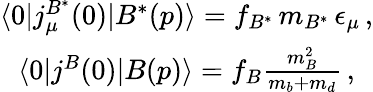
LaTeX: \begin{array}{c}{{\langle 0|j_{\mu}^{B^{\ast}}(0)|B^{\ast}(p)\rangle=f_{B^{\ast}}\, m_{B^{\ast}}\, \epsilon_{\mu}\, ,}}\\ {{\langle 0|j^{B}(0)|B(p)\rangle=f_{B}{\frac{m_{B}^{2}}{m_{b}+m_{d}}}\, ,}}\end{array}